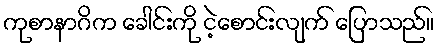
ကုစာနာဂိက ခေါင်းကို ငဲ့စောင်းလျက် ပြောသည်။